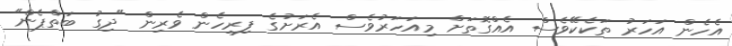
އެހެން އަހަރު ތަކެކޭވެސް އެއްގޮތަށް މިއަހަރުވެސް އެރަށުގެ ފިރިހެން ވެރިން "ދިގު ބަތްޕެން"